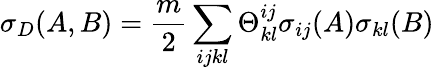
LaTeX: \sigma_{D}(A,B)=\frac{m}{2}\sum_{ijkl}\Theta_{kl}^{ij}\sigma_{ij}(A)\sigma_{kl}(B)